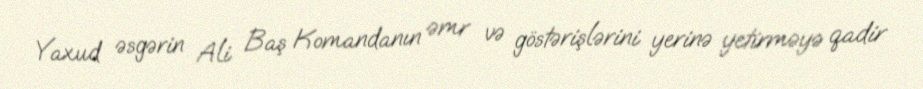
Yaxud əsgərin Ali Baş Komandanın əmr və göstərişlərini yerinə yetirməyə qadir